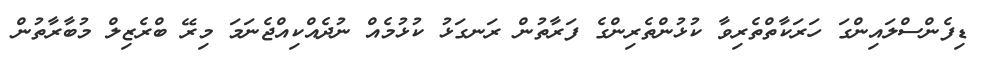
ޑިފެންސްލައިންގަ ހަރަކާތްތެރިވާ ކުޅުންތެރިންގެ ފަރާތުން ރަނގަޅު ކުޅުމެއް ނުދެއްކިއްޖެނަމަ މިރޭ ބްރެޒިލް މުބާރާތުން